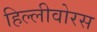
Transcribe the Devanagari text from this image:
हिल्लीवोरस